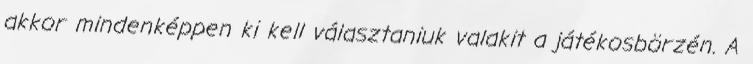
akkor mindenképpen ki kell választaniuk valakit a játékosbörzén. A